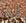
أريد